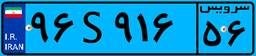
۰۱S۷۴۳۶۹